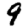
Digit: 9